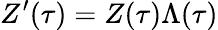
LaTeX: Z^{\prime}(\tau)=Z(\tau)\Lambda(\tau)